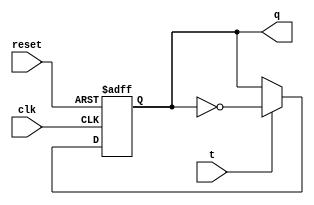
module tff(t,q,clk,reset);
input t,clk,reset;
output reg q;
always@(posedge clk or posedge reset)
begin
    if (reset)
        q<=1'b0;
    else begin
        if (t==1'b0)
            q<=q;
        else
            q<=~q;
    end
end
endmodule

module q2(clk, x, reset, a, b);
input clk, x, reset;
output a, b;
wire [1:0] s;
assign s[1] = (b&~x) | (~a&b);
assign s[0] = (a&~x) | (~b&~x) | (~a&b&x);
tff s0(s[1], a, clk, reset);
tff s1(s[0], b, clk, reset);
endmodule